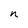
Character: n